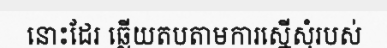
នោះដែរ ឆ្លើយតបតាមការស្នើសុំរបស់